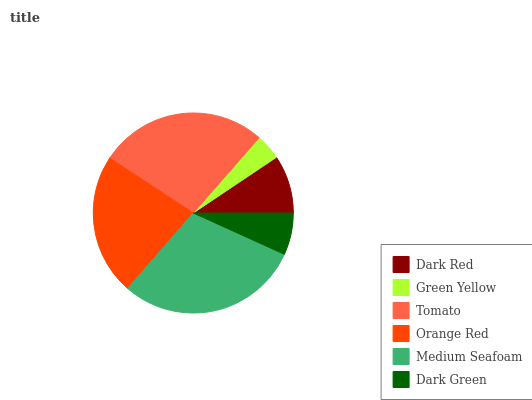
| Dark Red | Green Yellow | Tomato | Orange Red | Medium Seafoam | Dark Green |
 | --- | --- | --- | --- | --- | --- |
 | 9.4% | 4.15% | 27.2% | 22.9% | 29.6% | 6.77% |